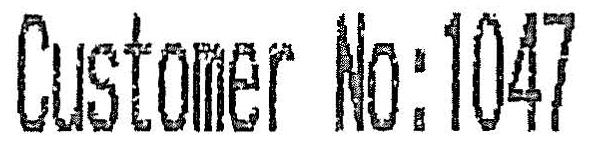
CUSTOMER NO:1047